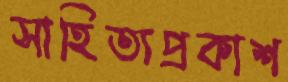
সাহিত্যপ্রকাশ